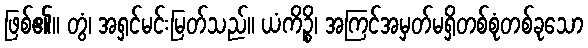
ဖြစ်၏။ တွံ၊ အရှင်မင်းမြတ်သည်။ ယံကိဉ္စိ၊ အကြင်အမှတ်မရှိတစ်စုံတစ်ခုသော